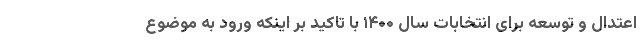
اعتدال و توسعه برای انتخابات سال ۱۴۰۰ با تاکید بر اینکه ورود به موضوع